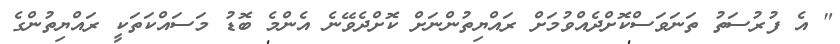
" އެ ފުރުސަތު ތަނަވަސްކޮށްދެއްވުމަށް ރައްޔިތުންނަށް ކޮށްދެވޭނެ އެންމެ ބޮޑު މަސައްކަތަކީ ރައްޔިތުންގެ